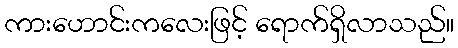
ကားဟောင်းကလေးဖြင့် ရောက်ရှိလာသည်။